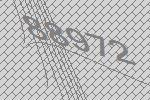
88972